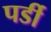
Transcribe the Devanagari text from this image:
पर्डी